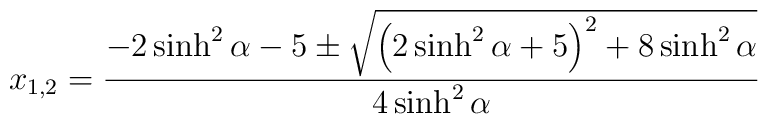
x_{1,2} = \frac{-2\sinh^{2}\alpha - 5 \pm \sqrt{\left ( 2\sinh^{2}{\alpha}+ 5\right ) ^{2} + 8\sinh^{2}{\alpha}}}{4\sinh^{2}{\alpha}}